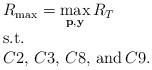
LaTeX: \begin{align*}\begin{array}{l}R_{\max}=\mathop {\max }\limits_{{\bf p},{\bf y}} {R_T}\\{\rm{s}}{\rm{.t}}{\rm{.}}\\C2,\,C3,\,C8,\,{\rm and}\,C9.\end{array}\end{align*}